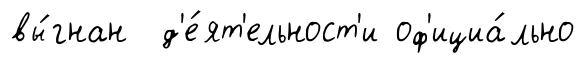
вы́гнан д'е́ят'ельност'и оф'ициа́льно